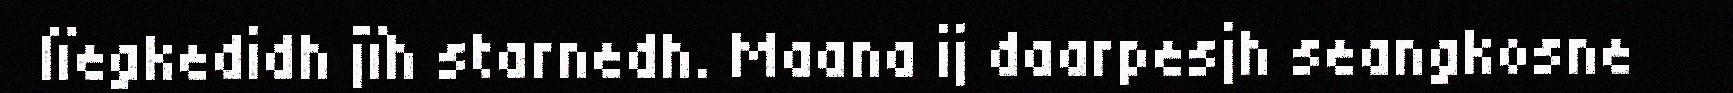
lïegkedidh jïh starnedh. Maana ij daarpesjh seangkosne